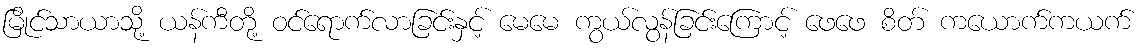
မြိုင်သာယာသို့ ယန်ကီတို့ ဝင်ရောက်လာခြင်းနှင့် မေမေ ကွယ်လွန်ခြင်းကြောင့် ဖေဖေ စိတ် ကယောက်ကယက်